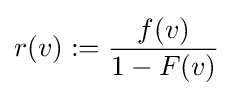
r(v):={\frac {f(v)}{1-F(v)}}